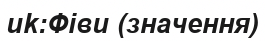
uk:Фіви (значення)